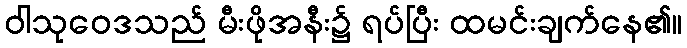
ဝါသုဝေဒသည် မီးဖိုအနီး၌ ရပ်ပြီး ထမင်းချက်နေ၏။